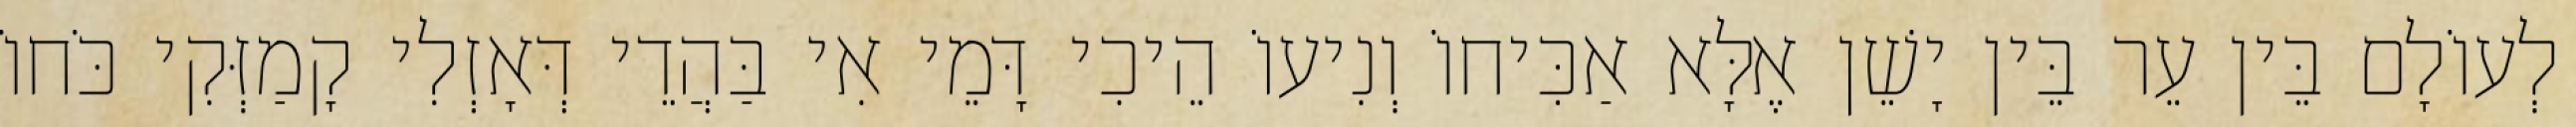
לְעוֹלָם בֵּין עֵר בֵּין יָשֵׁן אֶלָּא אַכִּיחוֹ וְנִיעוֹ הֵיכִי דָּמֵי אִי בַּהֲדֵי דְּאָזְלִי קָמַזְּקִי כֹּחוֹ